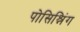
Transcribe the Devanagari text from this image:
पोसिश्निंग